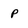
Character: P